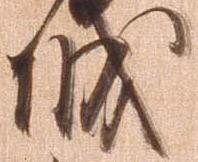
城